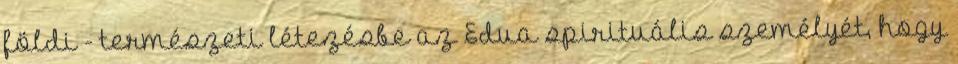
földi - természeti létezésbe az Edua spirituális személyét, hogy